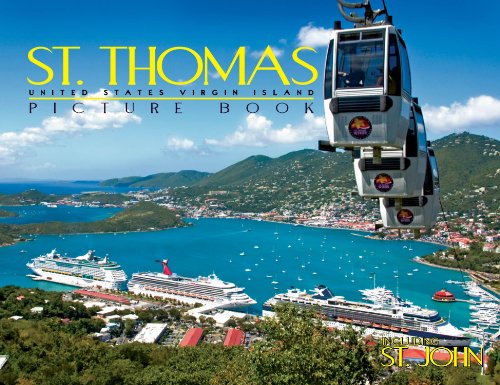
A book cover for St. Thomas United States Virgin Island Picture Book 10in. x 13in.; Mark Drenth; Travel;